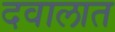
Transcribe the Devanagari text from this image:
दवालात